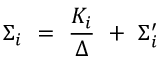
\Sigma _ { i } ~ = ~ \frac { K _ { i } } { \Delta } ~ + ~ \Sigma _ { i } ^ { \prime }